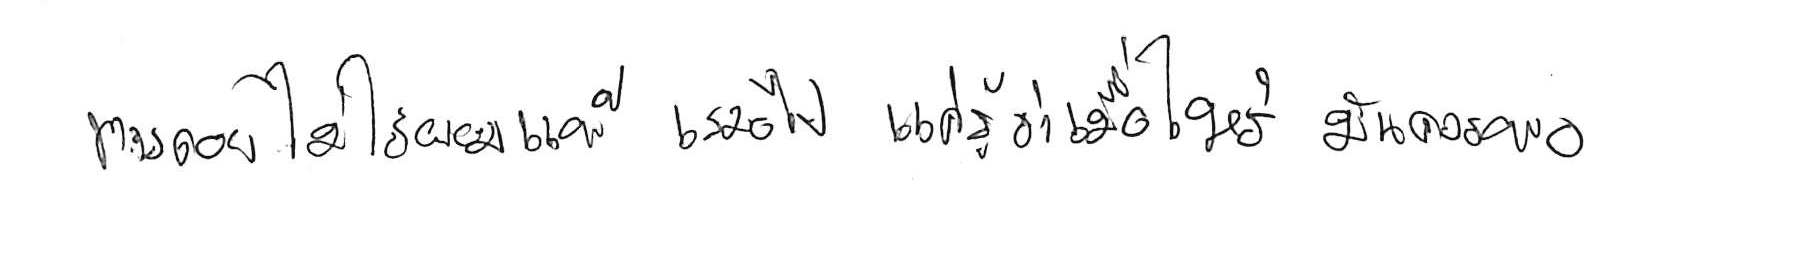
การถอย ไม่ใช่ยอมแพ้ เสมอไป แค่รู้ว่าเมื่อไหร่ มันควรพอ